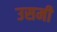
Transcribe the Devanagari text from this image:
उसमी